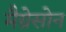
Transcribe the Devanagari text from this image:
मैग्रेसोन